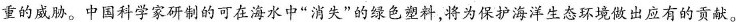
重的威胁。中国科学家研制的可在海水中”消失”的绿色塑料，将为保护海洋生态环境做出应有的贡献。